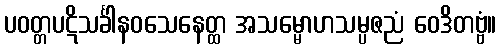
ပဝတ္တပဋိသင်္ခါနဝသေနေတ္ထ အသမ္မောဟသမ္ပဇညံ ဝေဒိတဗ္ဗံ။